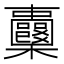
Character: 𣡦